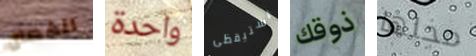
انفصال واحدة استيقظى ذوقك محلها